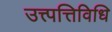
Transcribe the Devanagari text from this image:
उत्त्पत्तिविधि